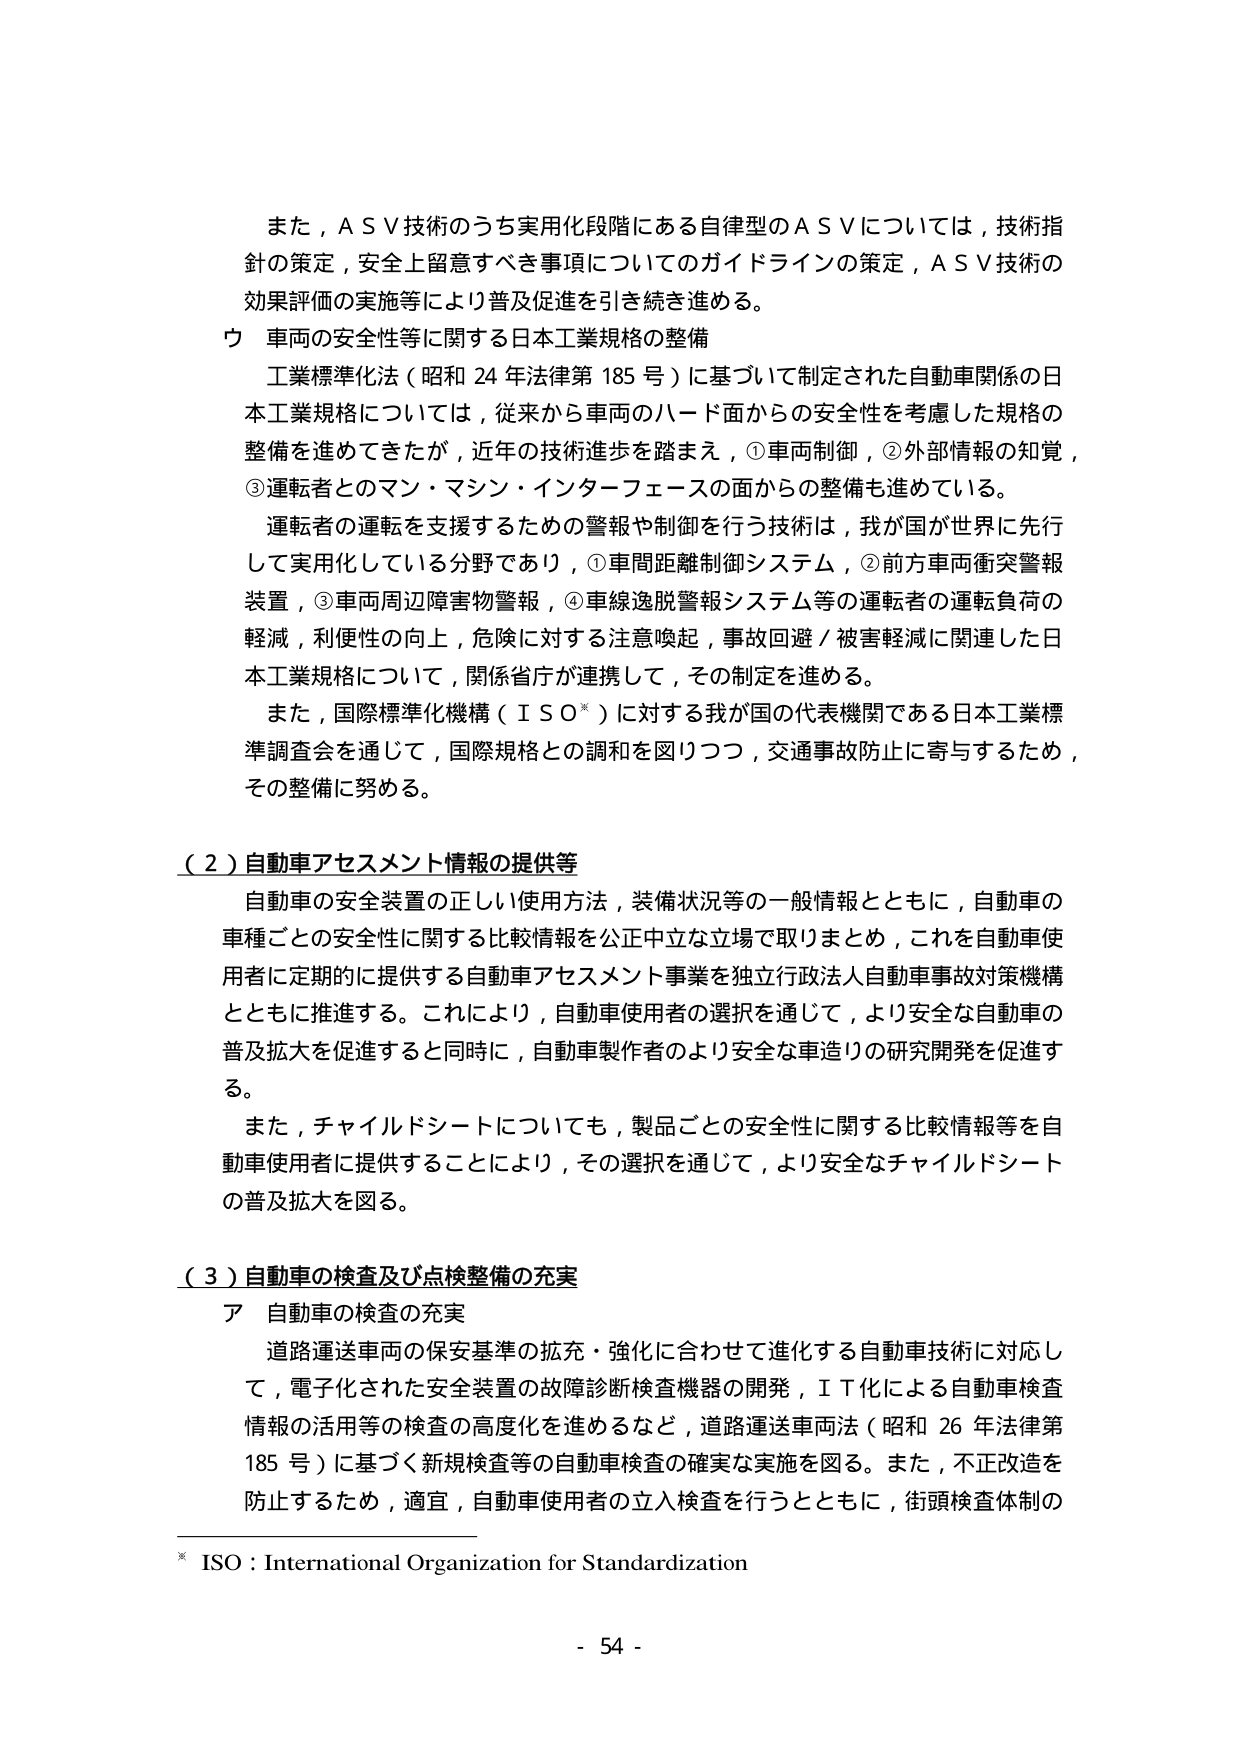
また，ＡＳＶ技術のうち実用化段階にある自律型のＡＳＶについては，技術指針の策定，安全上留意すべき事項についてのガイドラインの策定，ＡＳＶ技術の効果評価の実施等により普及促進を引き続き進める。

ウ 車両の安全性等に関する日本工業規格の整備

工業標準化法（昭和24年法律第185号）に基づいて制定された自動車関係の日本工業規格については，従来から車両のハード面からの安全性を考慮した規格の整備を進めてきたが，近年の技術進歩を踏まえ，①車両制御，②外部情報の知覚，③運転者とのマン・マシン・インターフェースの面からの整備も進めている。

運転者の運転を支援するための警報や制御を行う技術は，我が国が世界に先行して実用化している分野であり，①車間距離制御システム，②前方車両衝突警報装置，③車両周辺障害物警報，④車線逸脱警報システム等の運転者の運転負荷の軽減，利便性の向上，危険に対する注意喚起，事故回避／被害軽減に関連した日本工業規格について，関係省庁が連携して，その制定を進める。

また，国際標準化機構（ＩＳＯ※）に対する我が国の代表機関である日本工業標準調査会を通じて，国際規格との調和を図りつつ，交通事故防止に寄与するため，その整備に努める。

（２）自動車アセスメント情報の提供等

自動車の安全装置の正しい使用方法，装備状況等の一般情報とともに，自動車の車種ごとの安全性に関する比較情報を公正中立な立場で取りまとめ，これを自動車使用者に定期的に提供する自動車アセスメント事業を独立行政法人自動車事故対策機構とともに推進する。これにより，自動車使用者の選択を通じて，より安全な自動車の普及拡大を促進すると同時に，自動車製作者のより安全な車造りの研究開発を促進する。

また，チャイルドシートについても，製品ごとの安全性に関する比較情報等を自動車使用者に提供することにより，その選択を通じて，より安全なチャイルドシートの普及拡大を図る。

（３）自動車の検査及び点検整備の充実

ア 自動車の検査の充実

道路運送車両の保安基準の拡充・強化に合わせて進化する自動車技術に対応して，電子化された安全装置の故障診断検査機器の開発，ＩＴ化による自動車検査情報の活用等の検査の高度化を進めるなど，道路運送車両法（昭和26年法律第185号）に基づく新規検査等の自動車検査の確実な実施を図る。また，不正改造を防止するため，適宜，自動車使用者の立入検査を行うとともに，街頭検査体制の

※ ISO：International Organization for Standardization

- 54 -